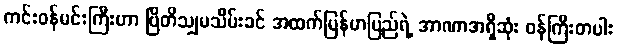
ကင်းဝန်မင်းကြီးဟာ ဗြိတိသျှမသိမ်းခင် အထက်မြန်မာပြည်ရဲ့ အာဏာအရှိဆုံး ဝန်ကြီးတပါး